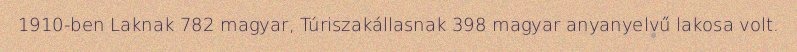
1910-ben Laknak 782 magyar, Túriszakállasnak 398 magyar anyanyelvű lakosa volt.